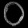
Digit: ၀